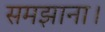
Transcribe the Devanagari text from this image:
समझाना।